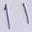
Text: 11